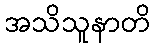
အသိသူနာတိ